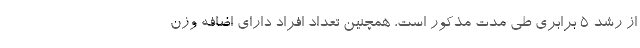
از رشد ۵ برابری طی مدت مذکور است، همچنین تعداد افراد دارای اضافه وزن